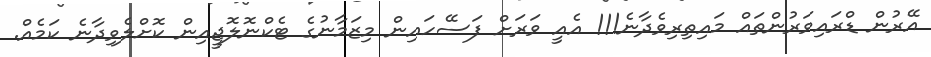
އޭރުން ޑްރައިވަރުންތައް މައިތިރިވެދާނެ!!! އެއީ ވަރަށް ފަސޭހައިން މިޒަމާނުގެ ޓެކްނޮލޮޖީއިން ކޮށްލެވިދާނެ ކަމެއް.